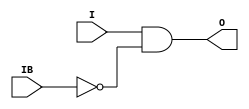
// This program was cloned from: https://github.com/aolofsson/oh
// License: MIT License


module IBUFDS (/*AUTOARG*/
   // Outputs
   O,
   // Inputs
   I, IB
   );

   parameter DIFF_TERM=0;
   parameter IOSTANDARD=0;

   input I;
   input IB;
   output O;

   assign O = I & ~IB;
   
endmodule // IBUFDS